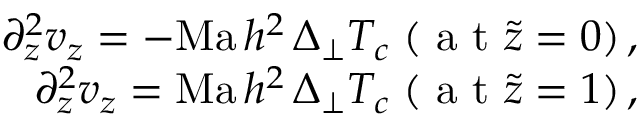
\begin{array} { r } { \partial _ { z } ^ { 2 } v _ { z } = - { \mathrm { M a } \, h ^ { 2 } } \, \Delta _ { \perp } T _ { c } \; ( \mathrm { ~ a ~ t ~ } \tilde { z } = 0 ) \, , \ } \\ { \partial _ { z } ^ { 2 } v _ { z } = { \mathrm { M a } \, h ^ { 2 } } \, \Delta _ { \perp } T _ { c } \; ( \mathrm { ~ a ~ t ~ } \tilde { z } = 1 ) \, , \ } \end{array}